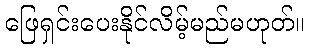
ဖြေရှင်းပေးနိုင်လိမ့်မည်မဟုတ်။